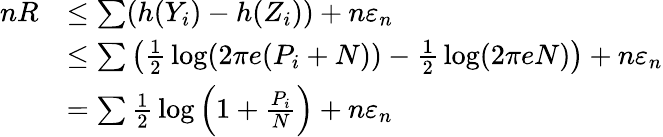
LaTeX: {\begin{array}{rl}{nR}&{\leq\sum(h(Y_{i})-h(Z_{i}))+n\varepsilon_{n}}\\ &{\leq\sum\left({\frac{1}{2}}\log(2\pi e(P_{i}+N))-{\frac{1}{2}}\log(2\pi eN)\right)+n\varepsilon_{n}}\\ &{=\sum{\frac{1}{2}}\log\left(1+{\frac{P_{i}}{N}}\right)+n\varepsilon_{n}}\end{array}}